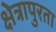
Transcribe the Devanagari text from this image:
क्षेत्रापुरता